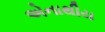
એનાથીય